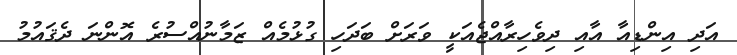
އަދި އިންޑިއާ އާއި ދިވެހިރާއްޖެއަކީ ވަރަށް ބަދަހި ގުޅުމެއް ޒަމާނުއްސުރެ އޮންނަ ދެޤައުމު